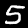
Digit: 5